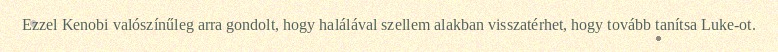
Ezzel Kenobi valószínűleg arra gondolt, hogy halálával szellem alakban visszatérhet, hogy tovább tanítsa Luke-ot.